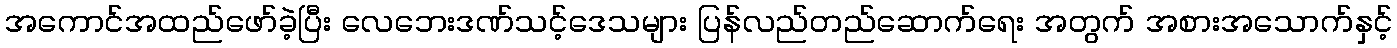
အကောင်အထည်ဖော်ခဲ့ပြီး လေဘေးဒဏ်သင့်ဒေသများ ပြန်လည်တည်ဆောက်ရေး အတွက် အစားအသောက်နှင့်